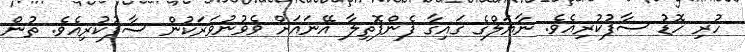
ހުރި ހޮޑު ސާފުކުރިއެވެ. ނާޔަލްގެ ގައިގާ ފެންފޮތިލާ އޭނައަށް ވެވުނުވަރަކުން ސާފުކުރިއެވެ. ތުން